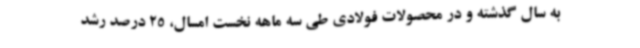
به سال گذشته و در محصولات فولادی طی سه ماهه نخست امسال، 25 درصد رشد